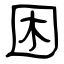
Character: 困